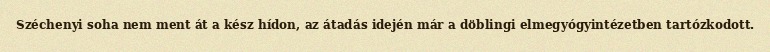
Széchenyi soha nem ment át a kész hídon, az átadás idején már a döblingi elmegyógyintézetben tartózkodott.